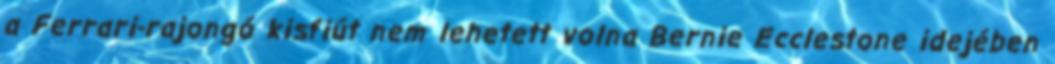
a Ferrari-rajongó kisfiút nem lehetett volna Bernie Ecclestone idejében